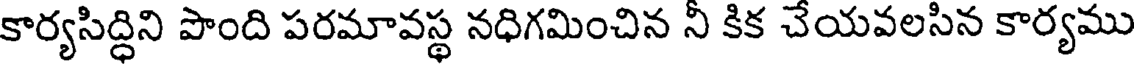
కార్యసిద్ధిని పొంది పరమావస్థ నధిగమించిన నీ కిక చేయవలసిన కార్యము